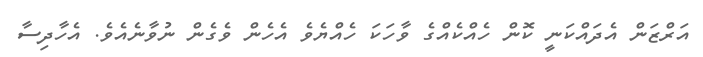
އަރްޒަން އެދައްކަނީ ކޮން ހެއްކެއްގެ ވާހަކަ ހެއްޔެވެ އެހެން ވެގެން ނުވާނެއެވެ. އެހާދިސާ